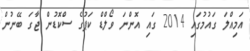
އަމިއްލަ ގައުމުގައި 2014 ގައި އޮންނަ ވޯލްޑް ކަޕުގެ ސްކޮޑުން ޖާގަ ބޭނުން